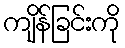
ကျိန်ခြင်းကို